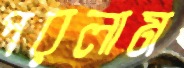
পরলাম